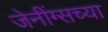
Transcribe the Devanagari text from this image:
जेनींग्सच्या